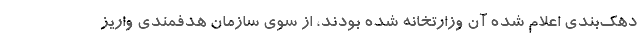
دهک‌بندی اعلام شده آن وزارتخانه شده بودند، از سوی سازمان هدفمندی واریز